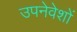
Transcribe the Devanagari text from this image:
उपनेवेशों